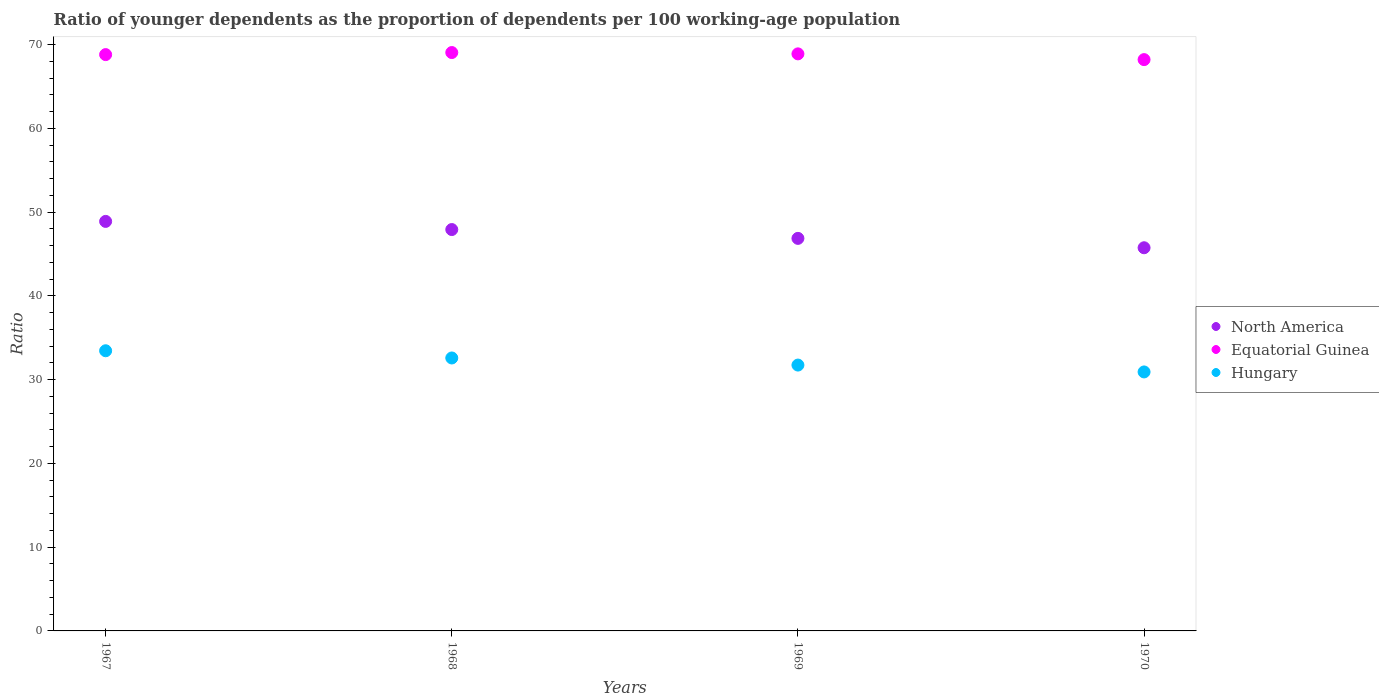
| Years | North America | Equatorial Guinea | Hungary |
 | --- | --- | --- | --- |
 | 1967 | 48.9 | 68.8 | 33.4 |
 | 1968 | 47.9 | 69 | 32.6 |
 | 1969 | 46.9 | 68.9 | 31.7 |
 | 1970 | 45.7 | 68.2 | 30.9 |